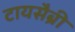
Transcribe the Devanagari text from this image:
टायसैब्री